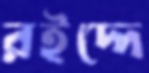
রইদ্দে